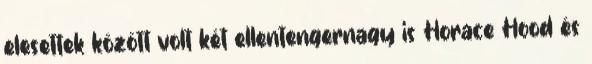
elesettek között volt két ellentengernagy is Horace Hood és